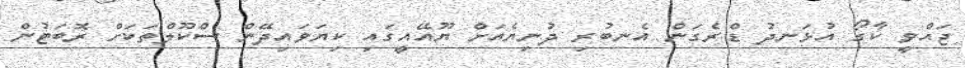
ޖައްވީ ކާގޯ އުޅަނދު ޑްރެގަން އެނބުރި ދުނިޔެއަށް ޔޫއޭއީގައި ކިޔަވައިދޭން ސްކޫލްތަކަށް ރޮބަޓުން